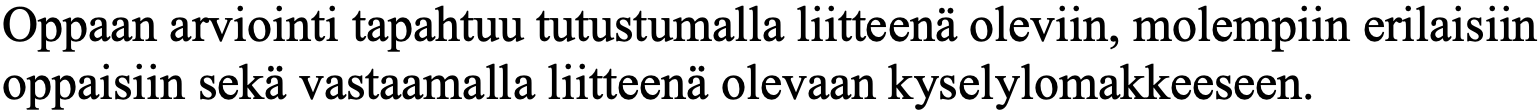
Oppaan arviointi tapahtuu tutustumalla liitteenä oleviin, molempiin erilaisiin oppaisiin sekä vastaamalla liitteenä olevaan kyselylomakkeeseen.